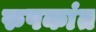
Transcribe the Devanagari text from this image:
रुपकांत